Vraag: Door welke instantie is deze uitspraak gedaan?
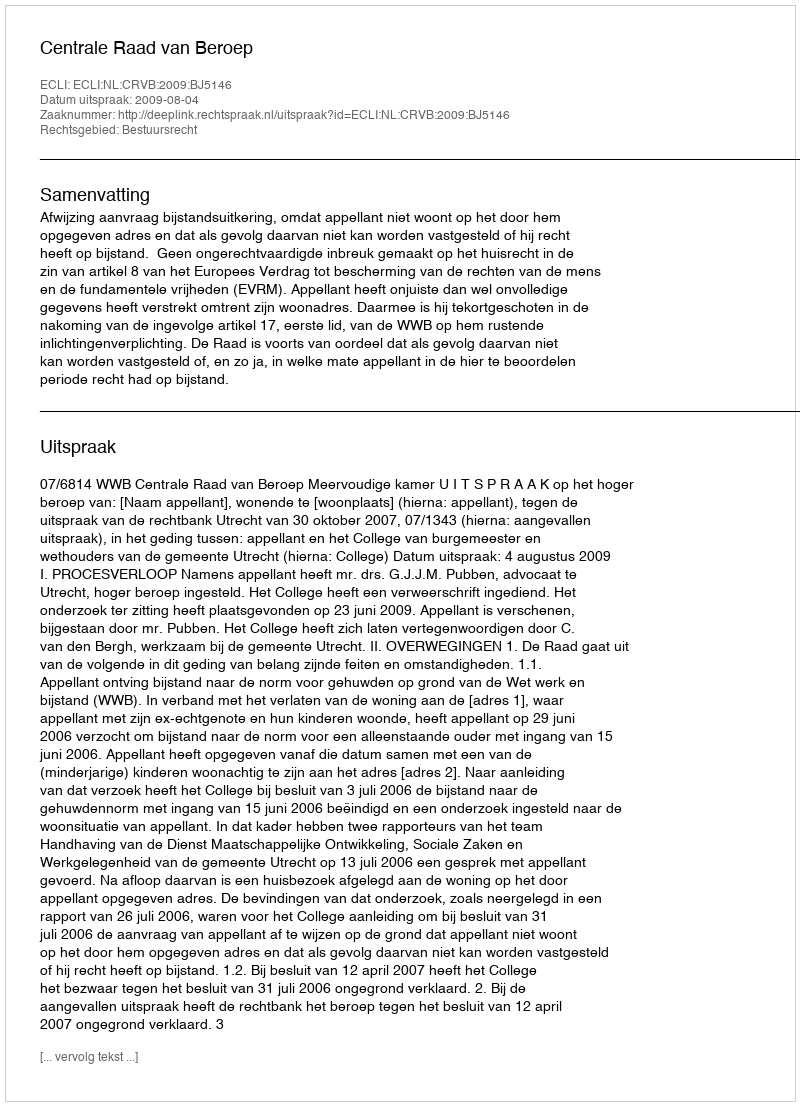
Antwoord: Centrale Raad van Beroep